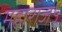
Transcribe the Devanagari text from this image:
महाराज५